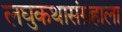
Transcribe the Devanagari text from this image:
लघुकथासंग्रहाला